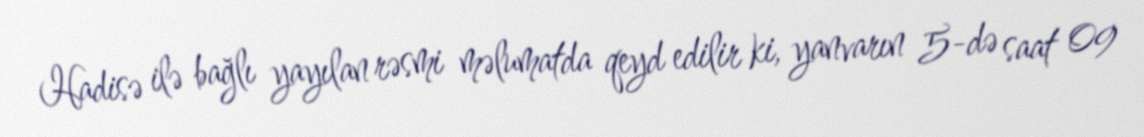
Hadisə ilə bağlı yayılan rəsmi məlumatda qeyd edilir ki, yanvarın 5-də saat 09